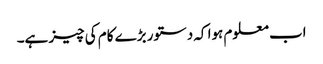
اب معلوم ہوا کہ دستور بڑے کام کی چیز ہے۔